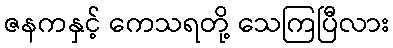
ဇနကနှင့် ကေသရတို့ သေကြပြီလား